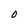
Character: 0